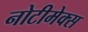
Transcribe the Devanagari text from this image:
नोटीमेक्स